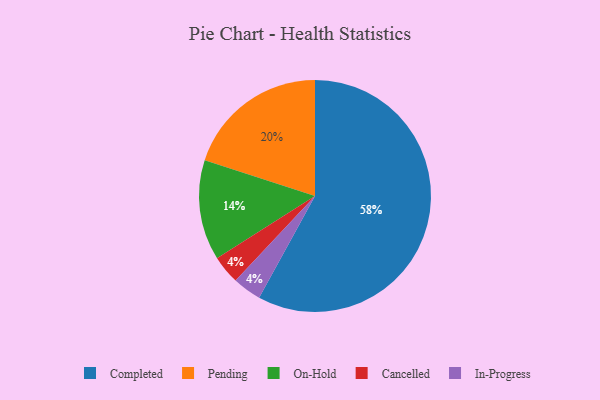
{"axis": {"x": "Category", "y": "Percentage"}, "legend": ["Cancelled", "Completed", "In-Progress", "On-Hold", "Pending"], "data": [{"x": "Pending", "y": 20, "type": "Pending"}, {"x": "Cancelled", "y": 4, "type": "Cancelled"}, {"x": "On-Hold", "y": 14, "type": "On-Hold"}, {"x": "In-Progress", "y": 4, "type": "In-Progress"}, {"x": "Completed", "y": 58, "type": "Completed"}]}